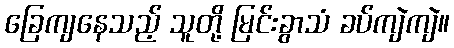
ခြေကျနေသည့် သူတို့ မြင်းခွာသံ ခပ်ကျဲကျဲ။